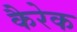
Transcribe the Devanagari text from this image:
कैरेक